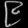
Digit: ၉